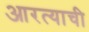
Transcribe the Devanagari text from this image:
आरत्याची